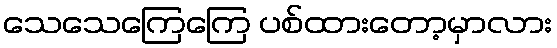
သေသေကြေကြေ ပစ်ထားတော့မှာလား